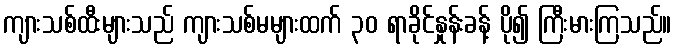
ကျားသစ်ထီးများသည် ကျားသစ်မများထက် ၃၀ ရာခိုင်နှုန်းခန့် ပို၍ ကြီးမားကြသည်။